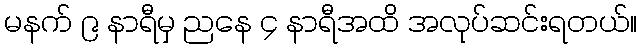
မနက် ၉ နာရီမှ ညနေ ၄ နာရီအထိ အလုပ်ဆင်းရတယ်။